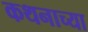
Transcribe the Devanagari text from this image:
कथनाच्या